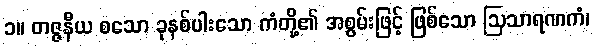
၁။ တဇ္ဇနီယ စသော ခုနစ်ပါးသော ကံတို့၏ အစွမ်းဖြင့် ဖြစ်သော ဩသာရဏကံ၊